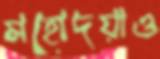
মহোদয়াও